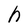
Character: h